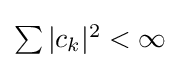
{\textstyle \sum |c_{k}|^{2}<\infty }